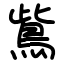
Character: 鴜